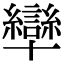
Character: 卛